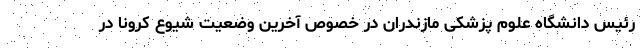
رئیس دانشگاه علوم پزشکی مازندران در خصوص آخرین وضعیت شیوع کرونا در